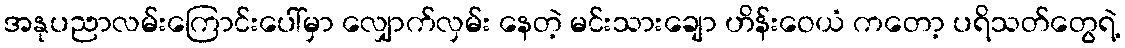
အနုပညာလမ်းကြောင်းပေါ်မှာ လျှောက်လှမ်း နေတဲ့ မင်းသားချော ဟိန်းဝေယံ ကတော့ ပရိသတ်တွေရဲ့